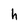
Character: h